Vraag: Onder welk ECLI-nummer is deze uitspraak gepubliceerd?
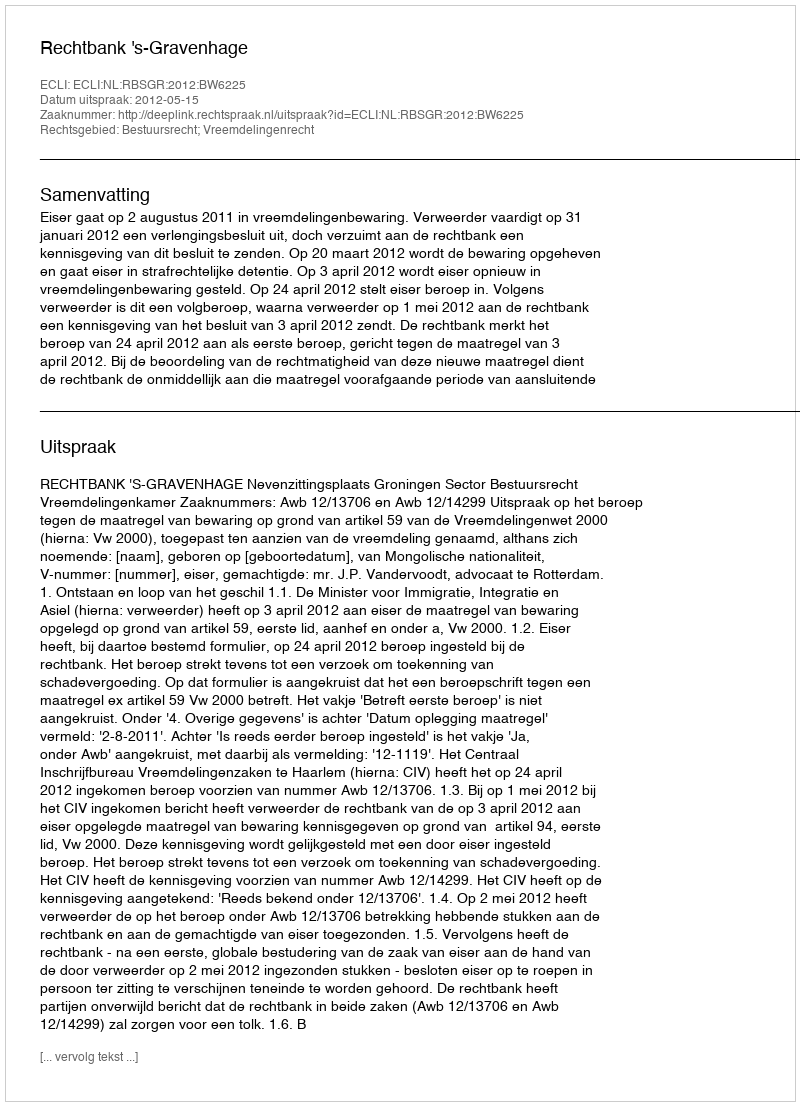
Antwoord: ECLI:NL:RBSGR:2012:BW6225